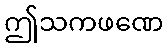
ဤသကဖဏေ